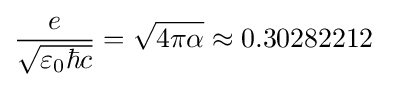
{\frac {e}{\sqrt {\varepsilon _{0}\hbar c}}}={\sqrt {4\pi \alpha }}\approx 0.30282212\ ~~